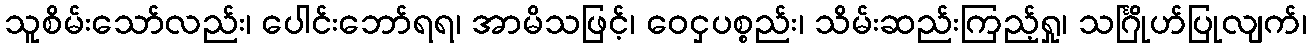
သူစိမ်းသော်လည်း၊ ပေါင်းဘော်ရရ၊ အာမိသဖြင့်၊ ဝေငှပစ္စည်း၊ သိမ်းဆည်းကြည့်ရှု၊ သင်္ဂြိုဟ်ပြုလျက်၊